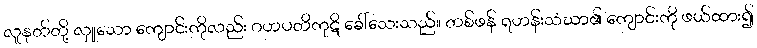
လူနတ်တို့ လှူသော ကျောင်းကိုလည်း ဂဟပတိကုဋိ ခေါ်သေးသည်။ တစ်ဖန် ရဟန်းသံဃာ၏ ကျောင်းကို ဖယ်ထား၍